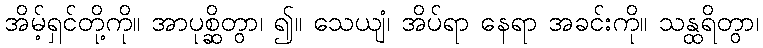
အိမ့်ရှင်တို့ကို။ အာပုစ္ဆိတွာ၊ ၍။ သေယျံ၊ အိပ်ရာ နေရာ အခင်းကို။ သန္ထရိတွာ၊